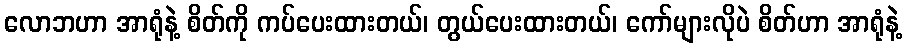
လောဘဟာ အာရုံနဲ့ စိတ်ကို ကပ်ပေးထားတယ်၊ တွယ်ပေးထားတယ်၊ ကော်များလိုပဲ စိတ်ဟာ အာရုံနဲ့